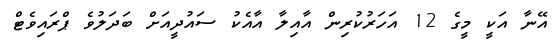
އޭނާ އަކީ މީގެ 12 އަހަރުކުރިން އާއިލާ އާއެކު ސައުދީއަށް ބަދަލުވެ ޕްރައިވެޓް